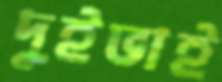
দুইভাই